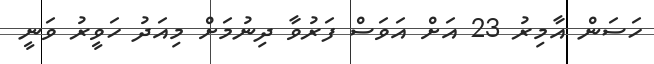
ހަސަން އާމިރު 23 އަށް އަވަސް ފަރުވާ ދިނުމަށް މިއަދު ހަވީރު ވަނީ